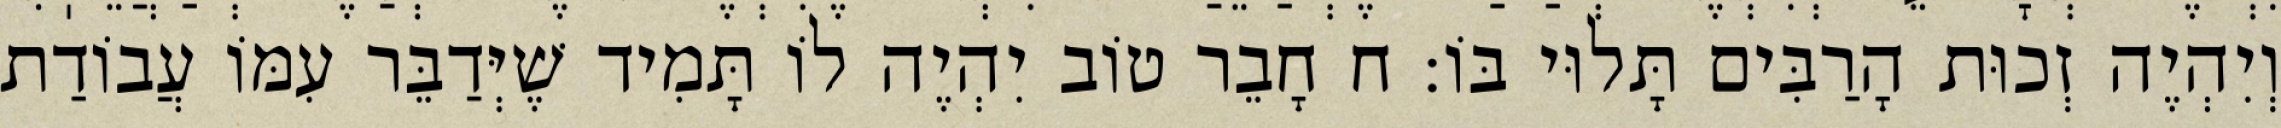
וְיִהְיֶה זְכוּת הָרַבִּים תָּלוּי בּוֹ: ח חָבֵר טוֹב יִהְיֶה לוֹ תָּמִיד שֶׁיְּדַבֵּר עִמּוֹ עֲבוֹדַת